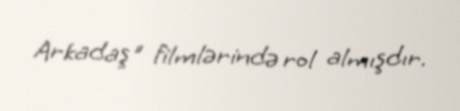
Arkadaş" filmlərində rol almışdır.